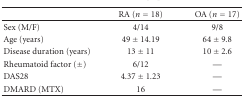
<table><thead><tr><td></td><td><b> RA (<i>n</i> = 18)</b></td><td><b> OA (<i>n</i> = 17)</b></td></tr></thead><tbody><tr><td>Sex (M/F)</td><td>4/14</td><td>9/8</td></tr><tr><td>Age (years)</td><td>49 ± 14.19</td><td>64 ± 9.8</td></tr><tr><td>Disease duration (years)</td><td>13 ± 11</td><td>10 ± 2.6</td></tr><tr><td>Rheumatoid factor (±)</td><td>6/12</td><td>—</td></tr><tr><td>DAS28</td><td>4.37 ± 1.23</td><td>—</td></tr><tr><td>DMARD (MTX)</td><td>16</td><td>—</td></tr></tbody></table>